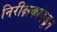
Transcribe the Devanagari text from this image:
निरीक्षकांकडून